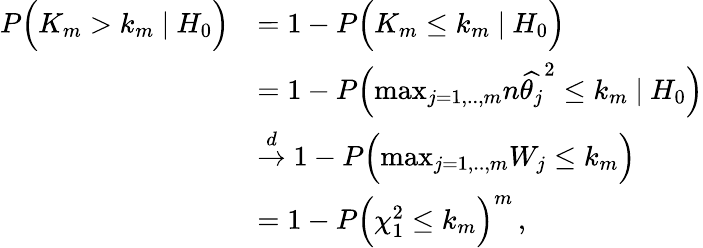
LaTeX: \begin{array}{rl}{P\Big(K_{m}>k_{m}\ |\ H_{0}\Big)}&{=1-P\Big(K_{m}\leq k_{m}\ |\ H_{0}\Big)}\\ &{=1-P\Big(\mathop{\operatorname*{max}}_{j=1,..,m}n\widehat{\theta_{j}}^{2}\leq k_{m}\ |\ H_{0}\Big)}\\ &{\stackrel{d}{\rightarrow}1-P\Big(\mathop{\operatorname*{max}}_{j=1,..,m}W_{j}\leq k_{m}\Big)}\\ &{=1-P\Big(\chi_{1}^{2}\leq k_{m}\Big)^{m}\, ,}\end{array}